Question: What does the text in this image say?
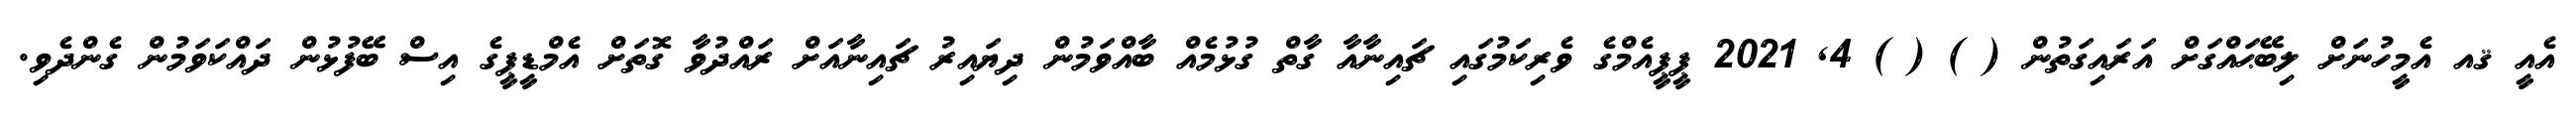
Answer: އެއީ ޤއ އެމީހުނަށް ލިބޭޙައްގަށް އަރައިގަތުން ( ) ( ) 4, 2021 ޕީޕީއެމްގެ ވެރިކަމުގައި ޗައިނާއާ ގާތް ގުޅުމެއް ބާއްވަމުން ދިޔައިރު ޗައިނާއަށް ރައްދުވާ ގޮތަށް އެމްޑީޕީގެ އިސް ބޭފުޅުން ދައްކަވަމުން ގެންދެވި.